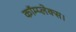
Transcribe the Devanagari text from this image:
कॉम्प्लेक्स।